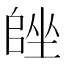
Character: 𡏩